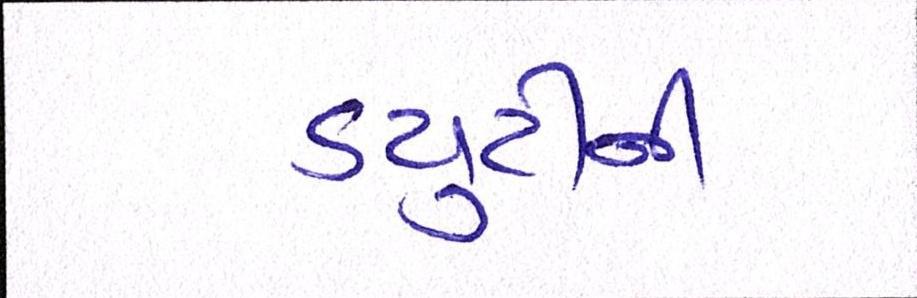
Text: ડયુટીની